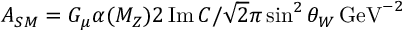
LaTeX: A _ { S M } = G _ { \mu } \alpha ( M _ { Z } ) 2 \, \mathrm { I m } \, C / \sqrt { 2 } \pi \sin ^ { 2 } \theta _ { W } \, \mathrm { G e V } ^ { - 2 }